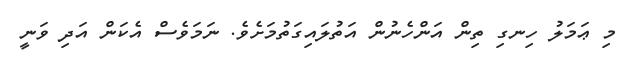
މި ޢަމަލު ހިނގި ތިން އަންހެނުން އަތުލައިގަތުމަށެވެ. ނަމަވެސް އެކަން އަދި ވަނީ